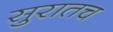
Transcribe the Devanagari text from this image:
सुरातच